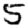
Digit: 5